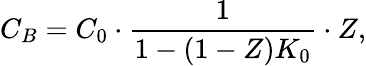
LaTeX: C_{B}=C_{0}\cdot\frac{1}{1-(1-Z)K_{0}}\cdot Z,